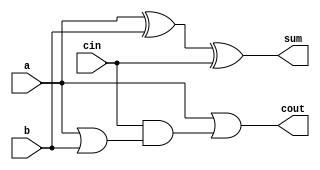
module full_adder3(a,b,cin,sum,cout);
input a,b,cin;
output sum,cout;
assign sum = a^b^cin;
assign cout = a&1'b1|cin&(a|b); 
// initial begin
//     $display("The incorrect adder with and0 having in2/1");
// end   
endmodule